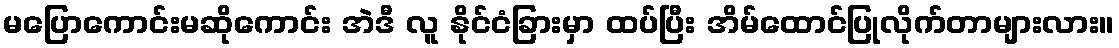
မပြောကောင်းမဆိုကောင်း အဲဒီ လူ နိုင်ငံခြားမှာ ထပ်ပြီး အိမ်ထောင်ပြုလိုက်တာများလား။